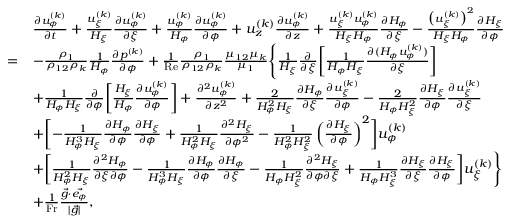
\begin{array} { r l } & { \begin{array} { r l } & { \frac { \partial u _ { \phi } ^ { ( k ) } } { \partial t } + \frac { u _ { \xi } ^ { ( k ) } } { H _ { \xi } } \frac { \partial u _ { \phi } ^ { ( k ) } } { \partial \xi } + \frac { u _ { \phi } ^ { ( k ) } } { H _ { \phi } } \frac { \partial u _ { \phi } ^ { ( k ) } } { \partial \phi } + u _ { z } ^ { ( k ) } \frac { \partial u _ { \phi } ^ { ( k ) } } { \partial z } + \frac { u _ { \xi } ^ { ( k ) } u _ { \phi } ^ { ( k ) } } { H _ { \xi } H _ { \phi } } \frac { \partial H _ { \phi } } { \partial \xi } - \frac { \big ( u _ { \xi } ^ { ( k ) } \big ) ^ { 2 } } { H _ { \xi } H _ { \phi } } \frac { \partial H _ { \xi } } { \partial \phi } } \\ { = } & { - \frac { \rho _ { 1 } } { \rho _ { 1 2 } \rho _ { k } } \frac { 1 } { H _ { \phi } } \frac { \partial p ^ { ( k ) } } { \partial \phi } + \frac { 1 } { \mathrm { R e } } \frac { \rho _ { 1 } } { \rho _ { 1 2 } \rho _ { k } } \frac { \mu _ { 1 2 } \mu _ { k } } { \mu _ { 1 } } \Biggl \{ \frac { 1 } { H _ { \xi } } \frac { \partial } { \partial \xi } \biggl [ \frac { 1 } { H _ { \phi } H _ { \xi } } \frac { \partial ( H _ { \phi } u _ { \phi } ^ { ( k ) } ) } { \partial \xi } \biggr ] } \\ & { + \frac { 1 } { H _ { \phi } H _ { \xi } } \frac { \partial } { \partial \phi } \biggl [ \frac { H _ { \xi } } { H _ { \phi } } \frac { \partial u _ { \phi } ^ { ( k ) } } { \partial \phi } \biggr ] + \frac { \partial ^ { 2 } u _ { \phi } ^ { ( k ) } } { \partial z ^ { 2 } } + \frac { 2 } { H _ { \phi } ^ { 2 } H _ { \xi } } \frac { \partial H _ { \phi } } { \partial \xi } \frac { \partial u _ { \xi } ^ { ( k ) } } { \partial \phi } - \frac { 2 } { H _ { \phi } H _ { \xi } ^ { 2 } } \frac { \partial H _ { \xi } } { \partial \phi } \frac { \partial u _ { \xi } ^ { ( k ) } } { \partial \xi } } \\ & { + \biggl [ - \frac { 1 } { H _ { \phi } ^ { 3 } H _ { \xi } } \frac { \partial H _ { \phi } } { \partial \phi } \frac { \partial H _ { \xi } } { \partial \phi } + \frac { 1 } { H _ { \phi } ^ { 2 } H _ { \xi } } \frac { \partial ^ { 2 } H _ { \xi } } { \partial \phi ^ { 2 } } - \frac { 1 } { H _ { \phi } ^ { 2 } H _ { \xi } ^ { 2 } } \left( \frac { \partial H _ { \xi } } { \partial \phi } \right) ^ { 2 } \biggr ] u _ { \phi } ^ { ( k ) } } \\ & { + \biggl [ \frac { 1 } { H _ { \phi } ^ { 2 } H _ { \xi } } \frac { \partial ^ { 2 } H _ { \phi } } { \partial \xi \partial \phi } - \frac { 1 } { H _ { \phi } ^ { 3 } H _ { \xi } } \frac { \partial H _ { \phi } } { \partial \phi } \frac { \partial H _ { \phi } } { \partial \xi } - \frac { 1 } { H _ { \phi } H _ { \xi } ^ { 2 } } \frac { \partial ^ { 2 } H _ { \xi } } { \partial \phi \partial \xi } + \frac { 1 } { H _ { \phi } H _ { \xi } ^ { 3 } } \frac { \partial H _ { \xi } } { \partial \xi } \frac { \partial H _ { \xi } } { \partial \phi } \biggr ] u _ { \xi } ^ { ( k ) } \Biggr \} } \\ & { + \frac { 1 } { \mathrm { F r } } \frac { \vec { g } \cdot \vec { e _ { \phi } } } { | \vec { g } | } , } \end{array} } \end{array}